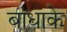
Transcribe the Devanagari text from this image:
बाधाके